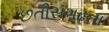
છતીસગઢના